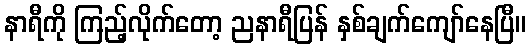
နာရီကို ကြည့်လိုက်တော့ ညနာရီပြန် နှစ်ချက်ကျော်နေပြီ။